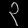
Digit: ၃